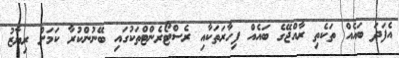
އެފަދަ ބައެއް ތަކެތި ރާއްޖޭގެ ބައެއް ފިހާރަތަކާއި ރެސްޓޯރެންޓްތަކުގައި ބޭނުންކުރާ ކަމަށް ރިޔާޒު